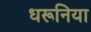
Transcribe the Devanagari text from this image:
धरूनिया